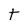
Character: t